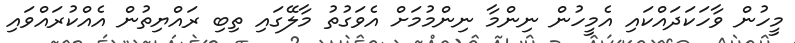
މީހުން ވާހަކަދައްކައި އެމީހުން ނިންމާ ނިންމުމަށް އެވަގުތު މާލޭގައި ތިބި ރައްޔިތުން އެއްކުރައްވައި